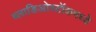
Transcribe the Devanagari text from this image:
ब्लाडिओस्टॉकमध्ये